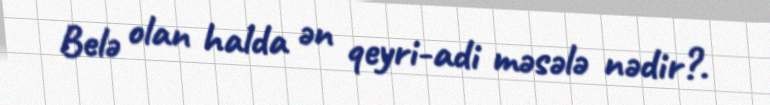
Belə olan halda ən qeyri-adi məsələ nədir?.